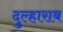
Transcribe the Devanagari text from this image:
दुल्हाराब